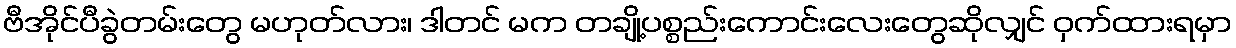
ဗီအိုင်ပီခွဲတမ်းတွေ မဟုတ်လား၊ ဒါတင် မက တချို့ပစ္စည်းကောင်းလေးတွေဆိုလျှင် ဝှက်ထားရမှာ